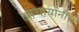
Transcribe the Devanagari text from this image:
आचार्यांनीच